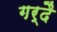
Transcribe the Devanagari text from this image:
गर्दै